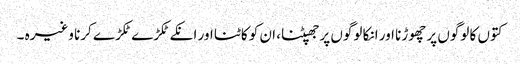
کتوں کا لوگوں پر چھوڑنا اور انکا لوگوں پر جھپٹنا، ان کو کاٹنا اور انکے ٹکڑے ٹکڑے کرنا وغیرہ ۔